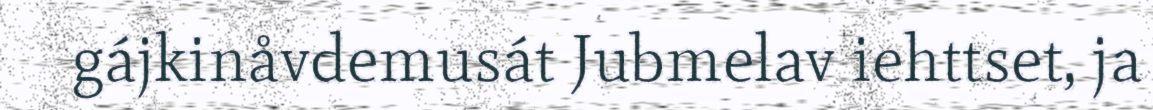
gájkinåvdemusát Jubmelav iehttset, ja